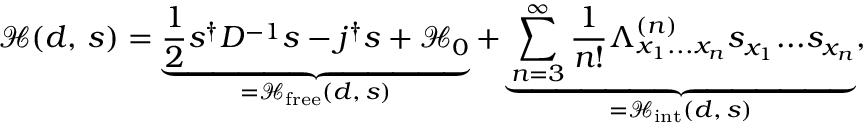
{ \mathcal { H } } ( d , \, s ) = \underbrace { { \frac { 1 } { 2 } } s ^ { \dagger } D ^ { - 1 } s - j ^ { \dagger } s + { \mathcal { H } } _ { 0 } } _ { = { \mathcal { H } } _ { \mathrm { f r e e } } ( d , \, s ) } + \underbrace { \sum _ { n = 3 } ^ { \infty } { \frac { 1 } { n ! } } \Lambda _ { x _ { 1 } . . . x _ { n } } ^ { ( n ) } s _ { x _ { 1 } } . . . s _ { x _ { n } } } _ { = { \mathcal { H } } _ { \mathrm { i n t } } ( d , \, s ) } ,